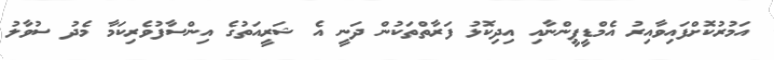
އަމުރުކޮށްފައިވާއިރު އެމްޑީޕީންނާއި އިދިކޮޅު ފަރާތްތަކުން ދަނީ އެ ޝަރީއަތުގެ އިންސާފުވެރިކަމާ މެދު ސުވާލު